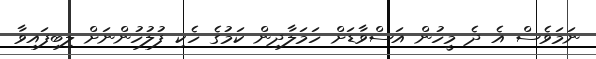
ނަމަވެސް އެ ދެ މީހުން އަސްވާޑަށް ހަމަލާދިން ކަމުގެ ހެކި ފުލުހުންނަށް ލިބިފައިވާ